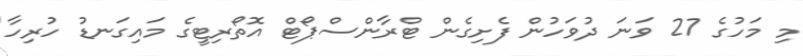
މި މަހުގެ 27 ވަނަ ދުވަހުން ފެށިގެން ޓްރާންސްޕޯޓް އޮތޯރިޓީގެ މައިގަނޑު ހުރިހާ